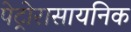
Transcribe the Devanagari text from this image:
पेट्रोरासायनिक